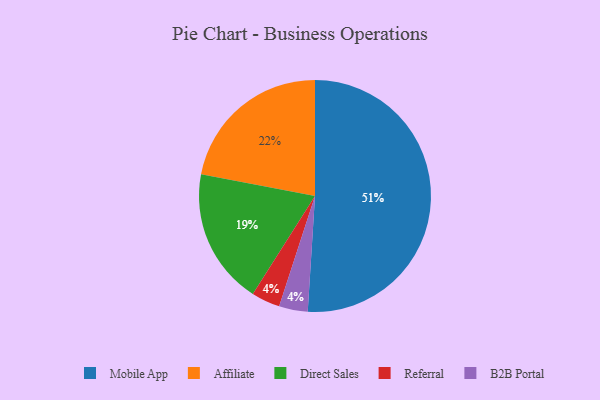
{"axis": {"x": "Category", "y": "Percentage"}, "legend": ["Affiliate", "B2B Portal", "Direct Sales", "Mobile App", "Referral"], "data": [{"x": "Direct Sales", "y": 19, "type": "Direct Sales"}, {"x": "Referral", "y": 4, "type": "Referral"}, {"x": "Affiliate", "y": 22, "type": "Affiliate"}, {"x": "B2B Portal", "y": 4, "type": "B2B Portal"}, {"x": "Mobile App", "y": 51, "type": "Mobile App"}]}